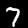
Label: 7